Annual report of the Punjab Veterinary College and of the Civil Veterinary Department, Punjab - 1926-1932
Year: 1926
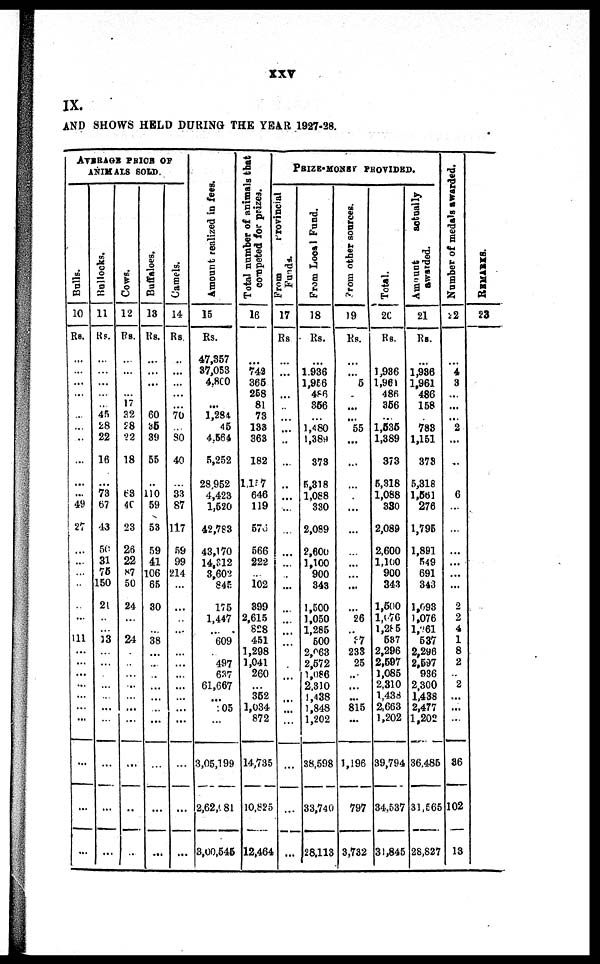
xxv
IX.
AND SHOWS HELD DURING THE YEAR 1927-28.
AVERAGE PRICE OF
ANIMALS SOLD
Bulls.
10
Rs.
...
...
...
...
...
...
...
...
...
...
49
27
...
...
...
...
...
...
111
...
...
...
...
...
...
...
...
...
...
Bullocks.
11
Rs.
...
...
...
...
... 45
28
22
16
...
73
67
43
50
31
75
150
21
...
...
13
...
...
...
...
...
...
...
...
...
...
Cows.
12
Rs.
...
...
...
... 17
32
28
22
18
68
40
23
26
22
87
50
24
...
24
...
...
...
...
...
...
...
...
...
...
Buffaloes.
13
Rs.
...
...
...
...
60
35
39
55
...
110
59
53
59
41
106
65
30
...
38
...
...
...
...
...
...
...
...
...
...
Camels.
14
Rs.
...
...
...
...
... 70
80
40
...
33
87
117
59
99
214
...
...
...
...
...
...
...
...
...
...
...
...
...
...
...
Amo u n t r eal i zed in fees.
15
Rs.
47,357
37,053
4,800
...
1,284
45
4,564
5,252
28,952
4,423
1,520
42,783
43,170
14,312
3,602
845
175
1,447
...
609
...
497
637
61,667
...
105
...
3,05,199
2,62,681
3,00,546
Total number of animals that
competed
for prizes.
16
...
742
365
258
81
73
133
363
182
1,117
646
119
576
566
222
...
102
399
2,615
828
451
1,298
1,041
260
...
352
1,034
872
14,735
10,825
12,464
PRIZE MONEY PROVIDED.
From
provincial
Funds.
17
Rs
...
...
...
...
...
...
...
...
...
...
...
...
...
...
...
...
...
...
...
...
...
...
...
...
...
...
...
...
...
From Local Fund.
18
Rs.
...
1.936
1,956
486
356
...
1,480
1,389
373
5,318
1,088
330
2,089
2,600
1,100
900
343
1,500
1,050
1,285
500
2,063
2,572
1,086
2,310
1,438
1,848
1,202
38,598
33,740
28,113
From
other sources.
19
Rs.
...
...
5
...
...
55
...
...
...
...
...
...
...
...
...
...
...
26
...
37
233
25
...
...
...
815
...
1,196
797
3,732
Total.
20
Rs.
1,936
1,961
486
356
...
1,535
1,389
373
5,318
1,088
330
2,089
2,600
1,100
900
343
1,500
1,076
1,285
587
2,296
2,597
1,085
2,310
1,438
2,663
1,202
39,794
34.537
31,845
Amount
actually
awarded.
21
Rs.
...
1,936
1,961
486
158
...
783
1,151
373
5,318
1,561
276
1,795
1,891
549
691
343
l,093
1,076
1,261
537
2,296
2,597
936
2,300
1,438
2,477
1,202
36,485
31,565
28,827
Number of medals awarded.
22
...
4
3
...
...
...
2
...
...
...
6
...
...
...
...
...
...
2
2
4
1
8
2
...
2
...
...
...
36
102
13
RE MARKS .
23